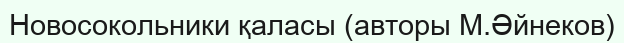
Новосокольники қаласы (авторы М.Әйнеков)